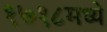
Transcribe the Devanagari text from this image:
१७१८मध्ये